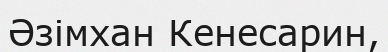
Әзімхан Кенесарин,